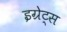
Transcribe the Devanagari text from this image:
इग्रेट्स